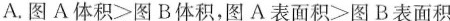
A.$$图 A 体 积 > 图 B 体 积$$，$$图 A 表 面 积 图 > B 表 面 积$$